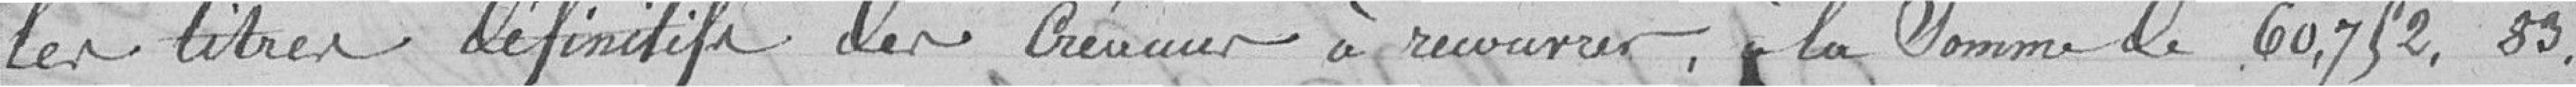
les titres définitifs des créances à recouvrer, à la somme de 60 752, 83.